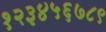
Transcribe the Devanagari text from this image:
१२३४५६७८९